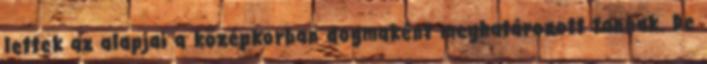
lettek az alapjai a középkorban dogmaként meghatározott tannak. De